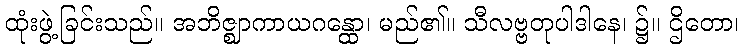
ထုံးဖွဲ့ခြင်းသည်။ အဘိဇ္ဈာကာယဂန္ထော၊ မည်၏။ သီလဗ္ဗတုပါဒါနေ၊ ၌။ ဌိတော၊